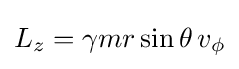
L_{z}=\gamma mr\sin \theta \,v_{\phi }